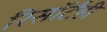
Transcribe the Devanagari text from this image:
रिसॉर्टही